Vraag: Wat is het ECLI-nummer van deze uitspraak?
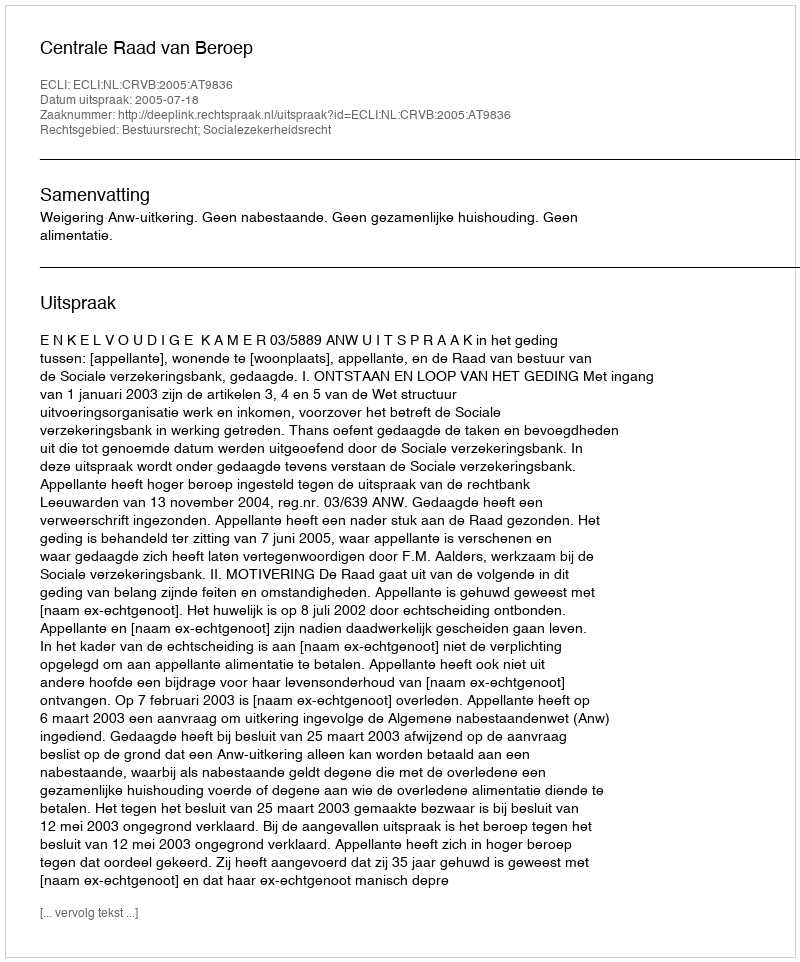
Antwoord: ECLI:NL:CRVB:2005:AT9836